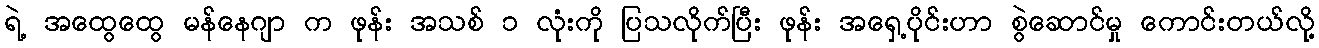
ရဲ့ အထွေထွေ မန်နေဂျာ က ဖုန်း အသစ် ၁ လုံးကို ပြသလိုက်ပြီး ဖုန်း အရှေ့ပိုင်းဟာ စွဲဆောင်မှု ကောင်းတယ်လို့